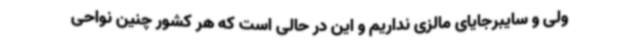
ولی و سایبرجایای مالزی نداریم و این در حالی است که هر کشور چنین نواحی